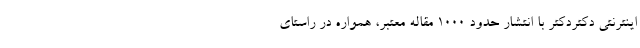
اینترنتی دکتردکتر با انتشار حدود ۱۰۰۰ مقاله معتبر، همواره در راستای